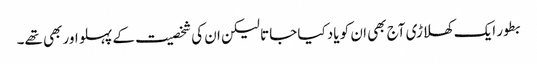
بطور ایک کھلاڑی آج بھی ان کو یاد کیا جاتا لیکن ان کی شخصیت کے پہلو اور بھی تھے۔